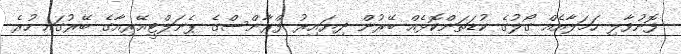
ފޮނުވާލި ހަމަލާއެއް ގޯލުގެ ކުޑަތަންކޮޅެއް ބޭރުން ދިޔައިރު ފްރާންސްގެ ޕެނަލްޓީއޭރިއާގެ ބޭރުގައި ހުރެ